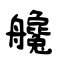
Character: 艬